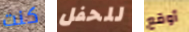
كنت للحفل أوقع